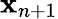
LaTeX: \mathbf{x}_{n+1}